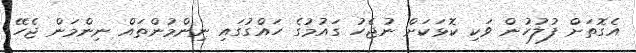
އެގޮތަށް ފުލުހުން ވަކި ކޮޅަކަށް ނުޖެހު ގައުމުގެ ހައްގުގައި ނިންމުންތައް ނިންމަން ޖެހޭ